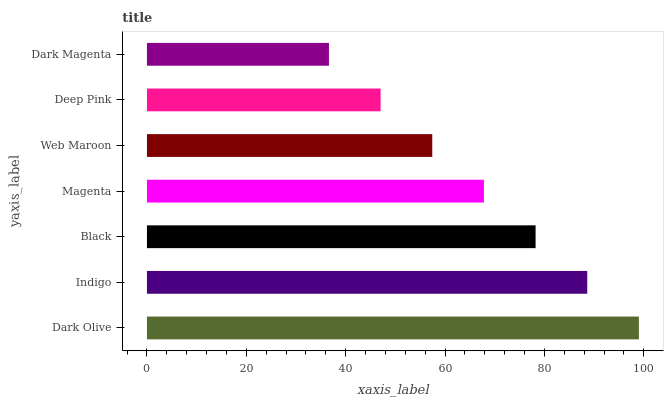
| yaxis_label | bars |
 | --- | --- |
 | Dark Olive | 99 |
 | Indigo | 88.6 |
 | Black | 78.2 |
 | Magenta | 67.8 |
 | Web Maroon | 57.4 |
 | Deep Pink | 47 |
 | Dark Magenta | 36.6 |